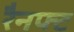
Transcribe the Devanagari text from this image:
रैनफ्‍ट